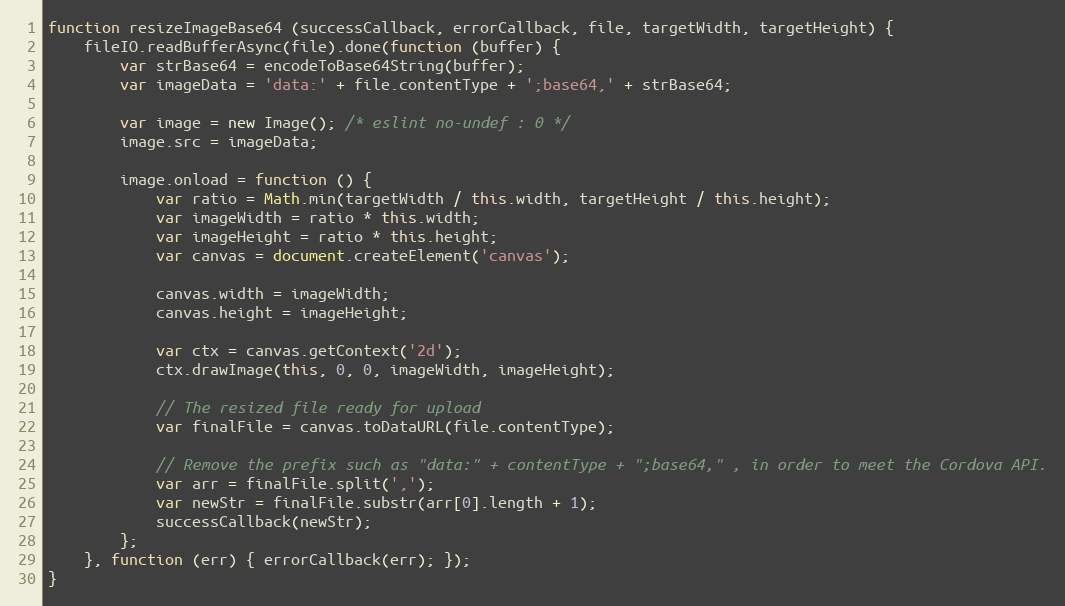
Language: JavaScript
function resizeImageBase64 (successCallback, errorCallback, file, targetWidth, targetHeight) {
    fileIO.readBufferAsync(file).done(function (buffer) {
        var strBase64 = encodeToBase64String(buffer);
        var imageData = 'data:' + file.contentType + ';base64,' + strBase64;

        var image = new Image(); /* eslint no-undef : 0 */
        image.src = imageData;

        image.onload = function () {
            var ratio = Math.min(targetWidth / this.width, targetHeight / this.height);
            var imageWidth = ratio * this.width;
            var imageHeight = ratio * this.height;
            var canvas = document.createElement('canvas');

            canvas.width = imageWidth;
            canvas.height = imageHeight;

            var ctx = canvas.getContext('2d');
            ctx.drawImage(this, 0, 0, imageWidth, imageHeight);

            // The resized file ready for upload
            var finalFile = canvas.toDataURL(file.contentType);

            // Remove the prefix such as "data:" + contentType + ";base64," , in order to meet the Cordova API.
            var arr = finalFile.split(',');
            var newStr = finalFile.substr(arr[0].length + 1);
            successCallback(newStr);
        };
    }, function (err) { errorCallback(err); });
}